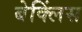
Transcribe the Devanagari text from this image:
बेक्लिंस